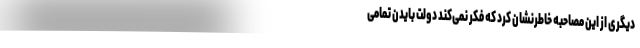
دیگری از این مصاحبه خاطرنشان کرد که فکر نمی‌کند دولت بایدن تمامی